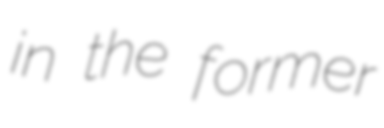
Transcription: in the former